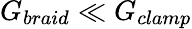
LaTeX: G_{braid}\ll G_{clamp}